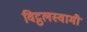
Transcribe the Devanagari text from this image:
विट्ठलस्वामी